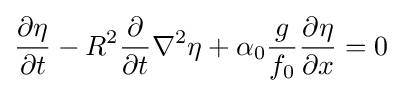
{\partial \eta  \over \partial t}-R^{2}{\partial  \over \partial t}\nabla ^{2}\eta +\alpha _{0}{g \over f_{0}}{\partial \eta  \over \partial x}=0